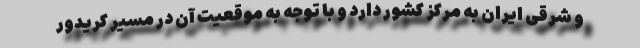
و شرقی ایران به مرکز کشور دارد و با توجه به موقعیت آن در مسیر کریدور